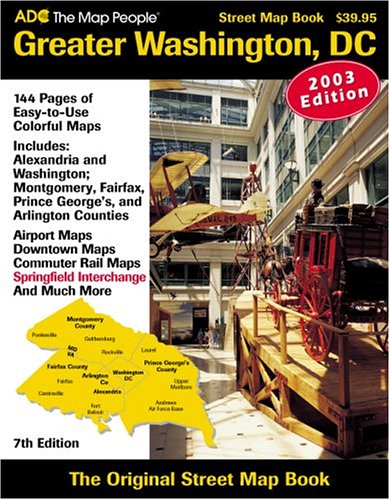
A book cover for Greater Washington, DC: Street Map Book 7th Edition; ADC the Map People; Travel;